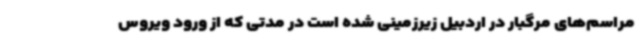
مراسم‌های مرگبار در اردبیل زیرزمینی شده است در مدتی که از ورود ویروس